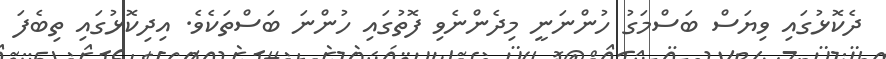
ދެކޮޅުގައި ވިޔަސް ބަސްމަގު ހުންނަނީ މިދެންނެވި ފޮތުގައި ހުންނަ ބަސްތަކެވެ. އިދިކޮޅުގައި ތިބެފަ